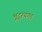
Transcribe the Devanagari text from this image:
भूदृश्यगत